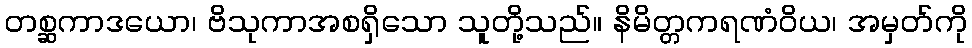
တစ္ဆကာဒယော၊ ဗိသုကာအစရှိသော သူတို့သည်။ နိမိတ္တကရဏံဝိယ၊ အမှတ်ကို